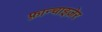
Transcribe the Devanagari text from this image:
फ़्रान्चाइज़ेर